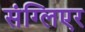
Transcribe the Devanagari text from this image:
संग्लिएर